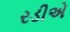
રડીએ